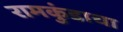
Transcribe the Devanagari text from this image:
रामकुंडाचा